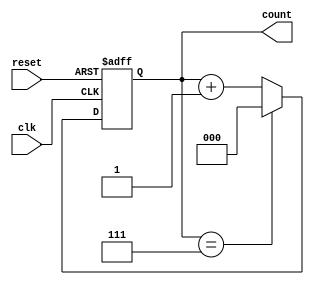
module up_counter_moore #(
    parameter N = 3 // Parameter to define the bit width of the counter
) (
    input wire clk,      // Clock input
    input wire reset,    // Asynchronous reset (active high)
    output reg [N-1:0] count // Output to represent the current count
);

    // State transition logic
    always @(posedge clk or posedge reset) begin
        if (reset) begin
            count <= 0; // Reset count to 0
        end else begin
            if (count == (1 << N) - 1) begin
                count <= 0; // Wrap around to 0 on overflow
            end else begin
                count <= count + 1; // Increment count
            end
        end
    end

endmodule